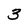
Character: 3